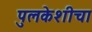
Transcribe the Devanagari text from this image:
पुलकेशीचा